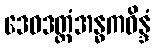
ဒေဝဒတ္တံအန္ဓကဝိန္ဒံ